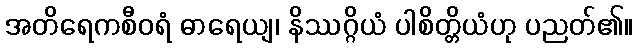
အတိရေကစီဝရံ ဓာရေယျ၊ နိဿဂ္ဂိယံ ပါစိတ္တိယံဟု ပညတ်၏။